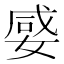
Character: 𡞣